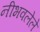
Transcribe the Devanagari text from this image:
नीभवलेले